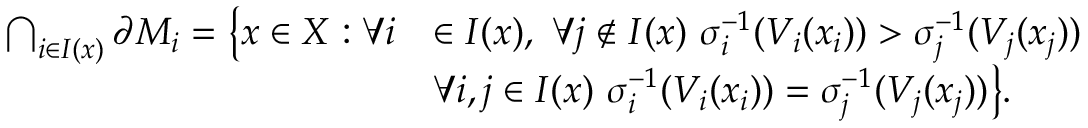
\begin{array} { r l } { \bigcap _ { i \in I ( x ) } \partial { M } _ { i } = \big \{ x \in X : \forall i } & { \in I ( x ) , \ \forall j \notin I ( x ) \ \sigma _ { i } ^ { - 1 } ( V _ { i } ( x _ { i } ) ) > \sigma _ { j } ^ { - 1 } ( V _ { j } ( x _ { j } ) ) } \\ & { \forall i , j \in I ( x ) \ \sigma _ { i } ^ { - 1 } ( V _ { i } ( x _ { i } ) ) = \sigma _ { j } ^ { - 1 } ( V _ { j } ( x _ { j } ) ) \big \} . } \end{array}